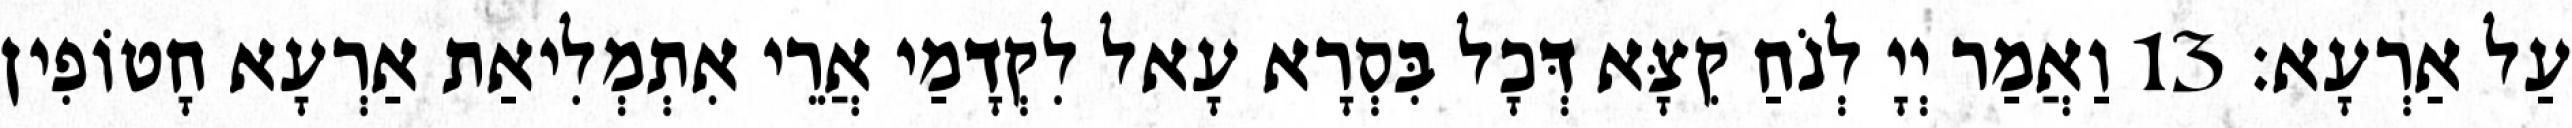
עַל אַרְעָא׃ 13 וַאֲמַר יְיָ לְנֹחַ קִצָּא דְּכָל בִּסְרָא עָאל לִקְדָמַי אֲרֵי אִתְמְלִיאַת אַרְעָא חָטוֹפִין